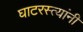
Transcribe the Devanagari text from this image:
घाटरस्त्यांनी